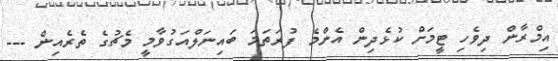
އިމްރާން ދިވެހި ޓީމަށް ކުޅެދިން އެންމެ ފުރަތަމަ ބައިނަލްއަގުވާމީ މެޗުގެ ތެރެއިން ---